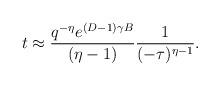
LaTeX: \begin{align*}t \approx \frac{q^{-\eta} e^{(D-1) \gamma B}}{(\eta-1)}\frac{1}{(-\tau)^{\eta-1}}.\end{align*}